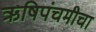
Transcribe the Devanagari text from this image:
ऋषिपंचमीचा